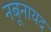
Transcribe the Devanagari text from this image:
नबूनायद